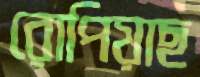
রোপিয়াছ